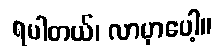
ရပါတယ်၊ လာမှာပေါ့။